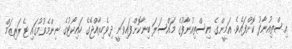
އިސްތިއުނާފު ކޮށްފައެވެ. އަމީންގެ އިސްތިއުނާފުގެ މައްސަލަ ބިނާކޮށްފައިވަނީ ދިވެހިރާއްޖޭގެ ހައިކޯޓުގެ ނިންމެވުމުގައި ޓެރަރިޒަމް